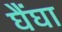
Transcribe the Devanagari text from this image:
घैंघा